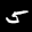
Label: 5